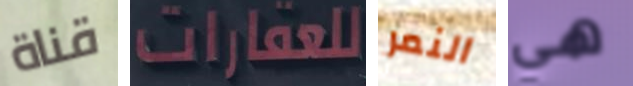
قناة للعقارات النمر هي